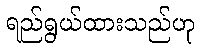
ရည်ရွယ်ထားသည်ဟု